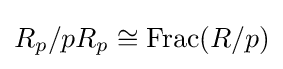
R_{p}/pR_{p}\cong \operatorname {Frac} (R/p)